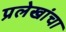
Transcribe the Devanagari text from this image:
प्रलेखांचा